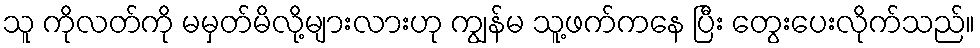
သူ ကိုလတ်ကို မမှတ်မိလို့များလားဟု ကျွန်မ သူ့ဖက်ကနေ ပြီး တွေးပေးလိုက်သည်။